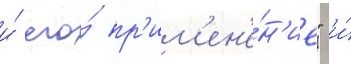
и́ его́ пр'им'ен'е́н'ие" и́